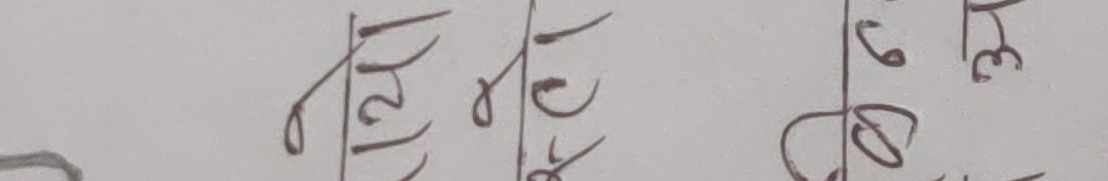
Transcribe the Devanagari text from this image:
९ २ ४ १ ० ८ ३